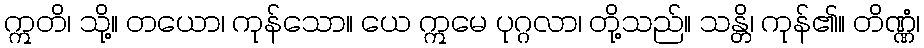
ဣတိ၊ သို့။ တယော၊ ကုန်သော။ ယေ ဣမေ ပုဂ္ဂလာ၊ တို့သည်။ သန္တိ၊ ကုန်၏။ တိဏ္ဏံ၊